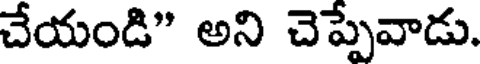
చేయండి" అని చెప్పేవాడు.